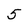
Character: 5